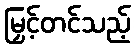
မြှင့်တင်သည့်